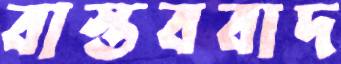
বাস্তববাদ